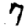
Digit: 7